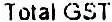
TOTAL GST